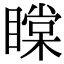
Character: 𥊲